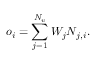
o _ { i } = \sum _ { j = 1 } ^ { N _ { v } } W _ { j } N _ { j , i } .